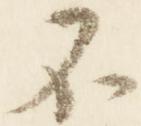
不